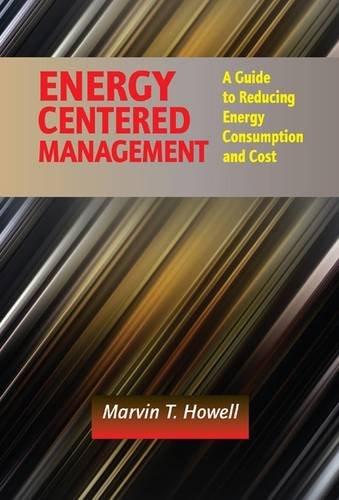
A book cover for Energy Centered Management: A Guide to Reducing Energy Consumption and Cost; Marvin T. Howell; Business & Money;